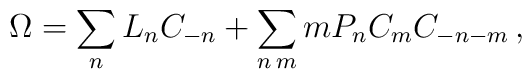
\Omega=\sum_n L_n C_{-n}+\sum_{n\,m}m P_nC_mC_{-n-m}\,,